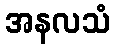
အနလသံ